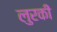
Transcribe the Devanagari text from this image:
लुरकी